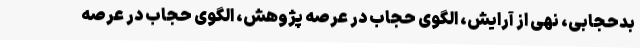
بدحجابی، نهی از آرایش، الگوی حجاب در عرصه پژوهش، الگوی حجاب در عرصه